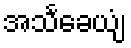
အသင်္ခေယျံ